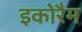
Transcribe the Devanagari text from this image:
इकोरैम